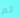
تم